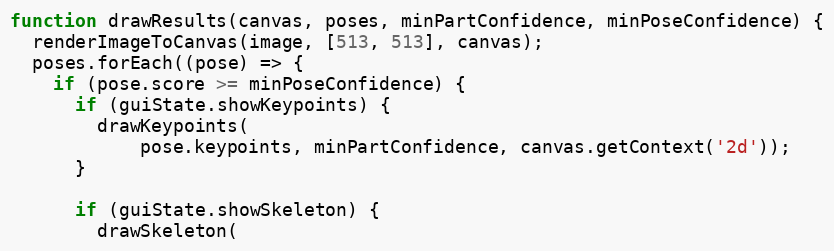
Language: JavaScript
function drawResults(canvas, poses, minPartConfidence, minPoseConfidence) {
  renderImageToCanvas(image, [513, 513], canvas);
  poses.forEach((pose) => {
    if (pose.score >= minPoseConfidence) {
      if (guiState.showKeypoints) {
        drawKeypoints(
            pose.keypoints, minPartConfidence, canvas.getContext('2d'));
      }

      if (guiState.showSkeleton) {
        drawSkeleton(